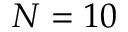
N = 1 0